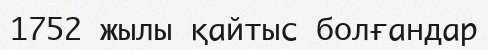
1752 жылы қайтыс болғандар